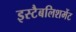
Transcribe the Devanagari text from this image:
इस्‍टैबलिशमेंट